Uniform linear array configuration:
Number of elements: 64
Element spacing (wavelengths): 0.5
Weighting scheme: binomial
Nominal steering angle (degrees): -45
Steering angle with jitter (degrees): -46.028
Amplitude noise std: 0.05
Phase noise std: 0.05

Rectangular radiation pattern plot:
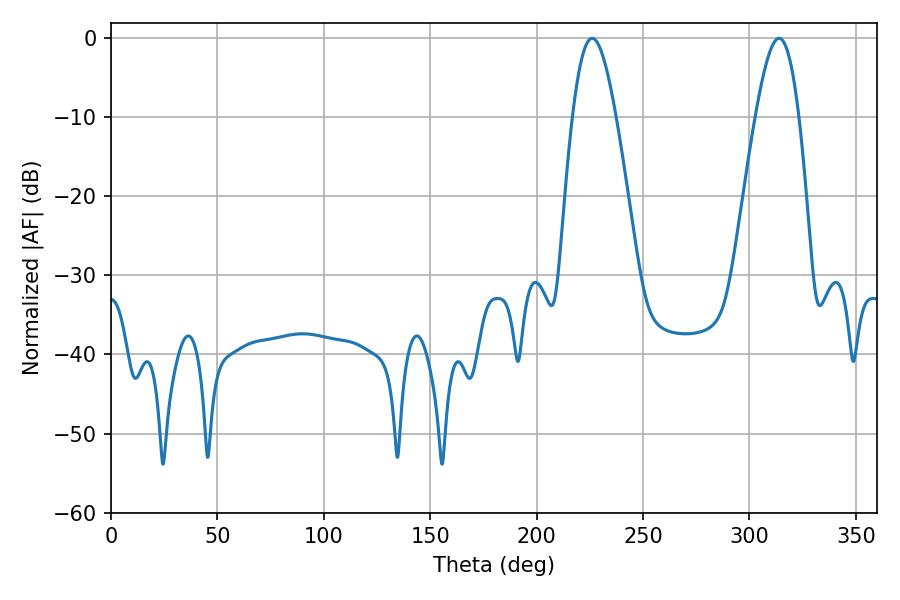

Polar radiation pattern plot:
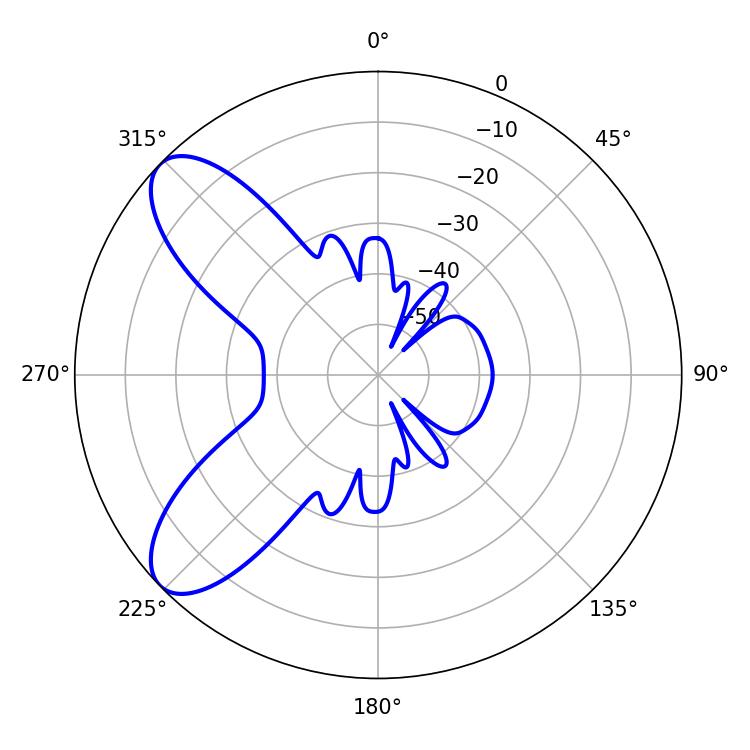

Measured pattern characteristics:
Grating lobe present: FALSE
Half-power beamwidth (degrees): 10.98
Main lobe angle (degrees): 226.08